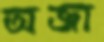
অজা